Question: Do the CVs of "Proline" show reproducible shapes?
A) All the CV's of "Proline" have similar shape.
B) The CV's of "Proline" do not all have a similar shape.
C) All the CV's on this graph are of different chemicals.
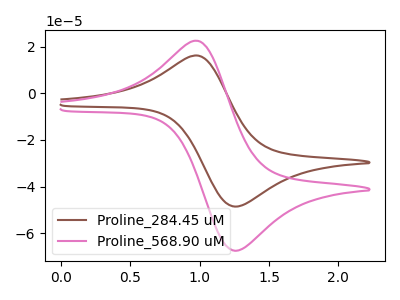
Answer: <think>The brown curve "Proline_284.45 uM" has an anodic peak at (1.00V, 16.20uA) and a cathodic peak at (1.25V, -48.55uA). The pink curve "Proline_568.90 uM" has an anodic peak at (1.00V, 22.50uA) and a cathodic peak at (1.25V, -67.50uA).
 All the peaks in "Proline_284.45 uM" have a peak in "Proline_568.90 uM" at the same potential. Every peak in "Proline_284.45 uM" is lower than every peak in "Proline_568.90 uM".</think>
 <answer>A) All the CV's of "Proline" have similar shape.</answer>
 <eval>A</eval>